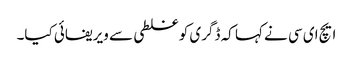
ایچ ای سی نے کہا کہ ڈگری کو غلطی سے ویریفائی کیا۔